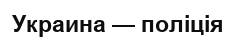
Украина — поліція